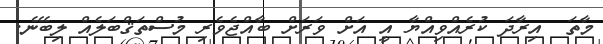
މާތަ  އިރާދަ ކުރެއްވިއްޔާ އީ އަށް ވަރަށް ބާއްޖެވެރި މުސްތަޤްބަލެއް ލިބޭނެ.